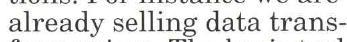
 already selling data trans-